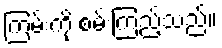
ကြမ်းကို စမ်းကြည့်သည်။